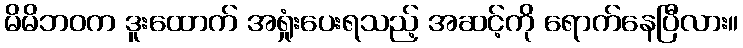
မိမိဘဝက ဒူးထောက် အရှုံးပေးရသည့် အဆင့်ကို ရောက်နေပြီလား။